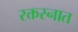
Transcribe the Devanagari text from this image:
रक्तस्नात